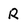
Character: R